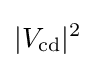
|V_{\text{cd}}|^{2}